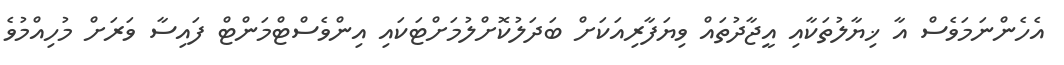
އެހެންނަމަވެސް އާ ޚިޔާލުތަކާއި އީޖާދުތައް ވިޔަފާރިއަކަށް ބަދަލުކޮށްލުމަށްޓަކައި އިންވެސްޓްމަންޓް ފައިސާ ވަރަށް މުހިއްމުވެ